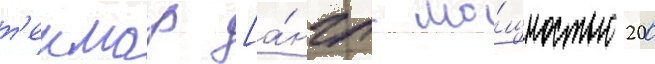
т'еимар [а́нгл. мо́щностью 200